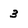
Character: 3